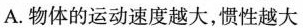
A.物体的运动速度越大，惯性越大